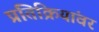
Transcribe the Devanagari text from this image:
प्रतिक्रियांवर